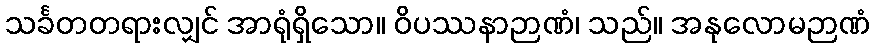
သင်္ခတတရားလျှင် အာရုံရှိသော။ ဝိပဿနာဉာဏံ၊ သည်။ အနုလောမဉာဏံ